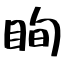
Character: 眴